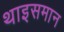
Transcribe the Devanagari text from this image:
थाइसमान